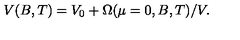
V ( B , T ) = V _ { 0 } + \Omega ( \mu = 0 , B , T ) / V .